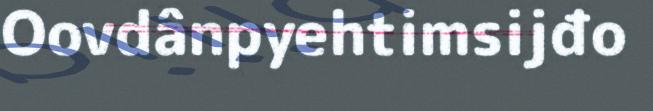
Oovdânpyehtimsijđo